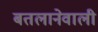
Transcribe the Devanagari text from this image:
बतलानेवाली